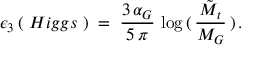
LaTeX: \epsilon _ { 3 } \, ( \ H i g g s \ ) \; = \; \frac { 3 \, \alpha _ { G } } { 5 \, \pi } \, \log \, ( \, \frac { \tilde { M } _ { t } } { M _ { G } } \, ) \, .